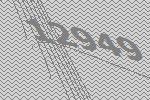
12949